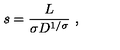
s = { \frac { L } { \sigma D ^ { 1 / \sigma } } } \ ,